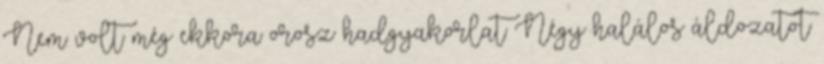
Nem volt még ekkora orosz hadgyakorlat Négy halálos áldozatot